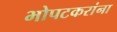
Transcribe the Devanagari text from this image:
भोपटकरांना